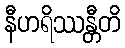
နီဟရိဿန္တီတိ